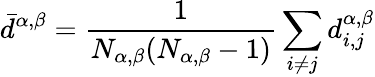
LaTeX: \displaystyle\bar{d}^{\alpha,\beta}=\frac{1}{N_{\alpha,\beta}(N_{\alpha,\beta}-1)}\sum_{i\neq j}{d_{i,j}^{\alpha,\beta}}